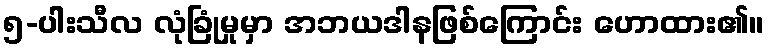
၅-ပါးသီလ လုံခြုံမှုမှာ အဘယဒါနဖြစ်ကြောင်း ဟောထား၏။